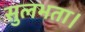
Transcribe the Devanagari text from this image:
सुलभता।